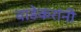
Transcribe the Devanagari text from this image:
वाडेकरांनी